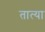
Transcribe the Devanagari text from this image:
तात्‍या